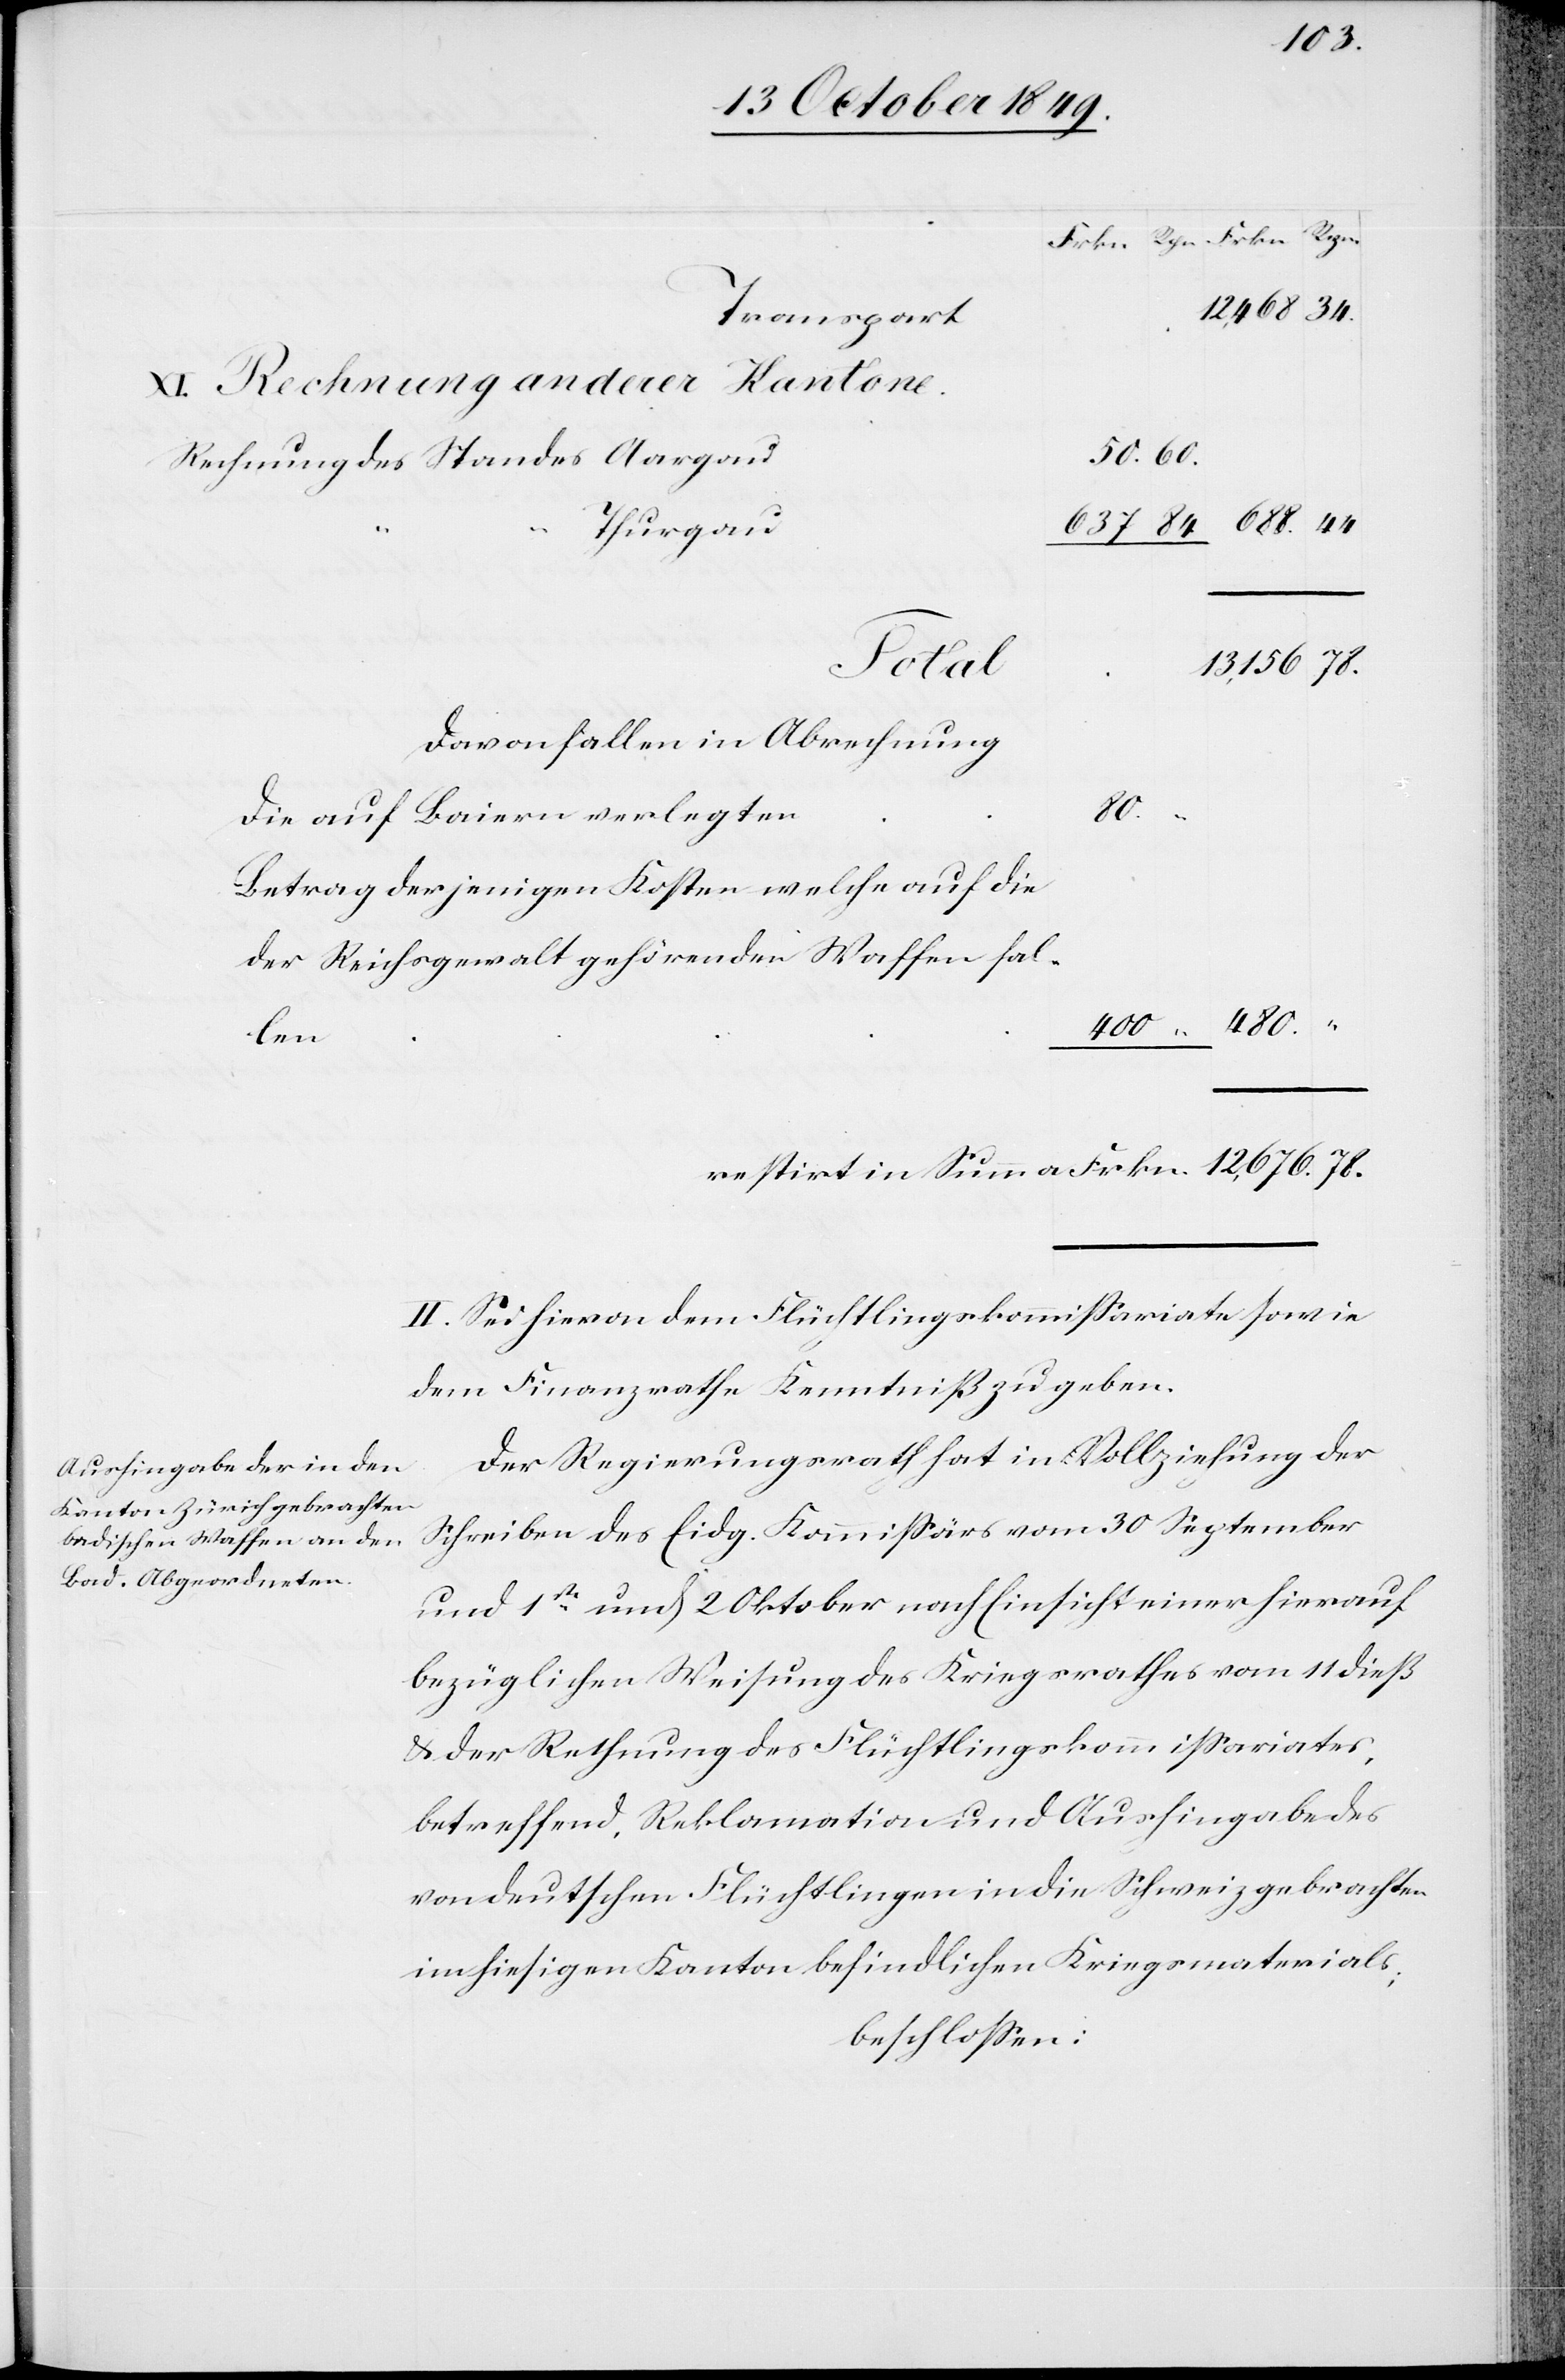
XI. Rechnung anderer Kantone.
50.	60.
Rechnung des Standes Aargau
Davon fallen in Abrechnung
80.
Betrag derjenigen Kosten welche auf die
der
Restirt in Summa Frkn.	12,676. 78.
II. Sei hievon dem Flüchtlingskommißariate sowie
dem Finanzrathe Kenntniß zu geben.
Der Regierungsrath hat in Vollziehung der
Schreiben des Eidg. Kommißärs vom 30 September
und 1sten und 2 Oktober nach Einsicht einer hierauf
bezüglichen Weisung des Kriegsrathes vom 11 dieß
u. der Rechnung des Flüchtlingskommißariates,
betreffend, Reklamation und Aushingabe des
von deutschen Flüchtlingen in die Schweiz gebrachten
im hiesigen Kanton befindlichen Kriegsmaterials;
beschloßen: